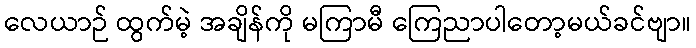
လေယာဉ် ထွက်မဲ့ အချိန်ကို မကြာမီ ကြေညာပါတော့မယ်ခင်ဗျာ။